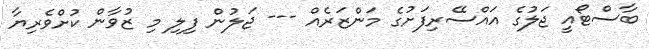
ބާސްޓޯއީ ޖަލުގެ އައްސޭރިފަށުގެ މަންޒަރެއް --- ޖަލުން ފިލި މި ޒުވާން ކުށްވެރިޔާ